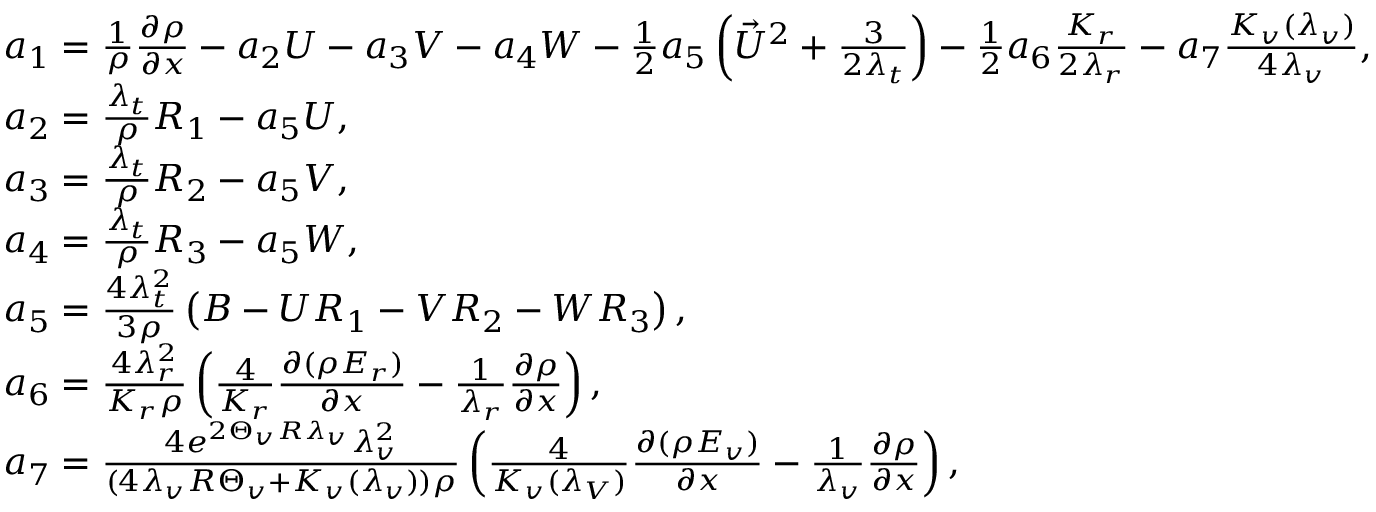
\begin{array} { r l } & { a _ { 1 } = \frac { 1 } { \rho } \frac { { \partial \rho } } { { \partial x } } - { a _ { 2 } } U - { a _ { 3 } } V - { a _ { 4 } } W - \frac { 1 } { 2 } { a _ { 5 } } \left( { { { \vec { U } } ^ { 2 } } + \frac { 3 } { { 2 { \lambda _ { t } } } } } \right) - \frac { 1 } { 2 } { a _ { 6 } } \frac { { { K _ { r } } } } { { 2 { \lambda _ { r } } } } - { a _ { 7 } } \frac { K _ { v } ( \lambda _ { v } ) } { 4 \lambda _ { v } } , } \\ & { a _ { 2 } = \frac { \lambda _ { t } } { \rho } R _ { 1 } - a _ { 5 } U , } \\ & { a _ { 3 } = \frac { \lambda _ { t } } { \rho } R _ { 2 } - a _ { 5 } V , } \\ & { a _ { 4 } = \frac { \lambda _ { t } } { \rho } R _ { 3 } - a _ { 5 } W , } \\ & { a _ { 5 } = \frac { 4 \lambda _ { t } ^ { 2 } } { 3 \rho } \left( B - U R _ { 1 } - V R _ { 2 } - W R _ { 3 } \right) , } \\ & { a _ { 6 } = \frac { 4 \lambda _ { r } ^ { 2 } } { K _ { r } \rho } \left( \frac { 4 } { K _ { r } } \frac { \partial ( \rho E _ { r } ) } { \partial x } - \frac { 1 } { \lambda _ { r } } \frac { \partial \rho } { \partial x } \right) , } \\ & { a _ { 7 } = \frac { 4 e ^ { 2 \Theta _ { v } R \lambda _ { v } } \lambda _ { v } ^ { 2 } } { ( 4 \lambda _ { v } R \Theta _ { v } + K _ { v } ( \lambda _ { v } ) ) \rho } \left( \frac { 4 } { K _ { v } ( \lambda _ { V } ) } \frac { \partial ( \rho E _ { v } ) } { \partial x } - \frac { 1 } { \lambda _ { v } } \frac { \partial \rho } { \partial x } \right) , } \end{array}